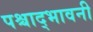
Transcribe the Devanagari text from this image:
पश्चाद्भावनी